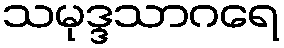
သမုဒ္ဒသာဂရေ